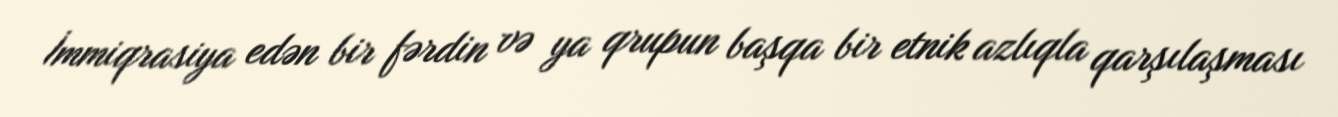
İmmiqrasiya edən bir fərdin və ya qrupun başqa bir etnik azlıqla qarşılaşması